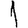
Digit: 1